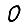
Digit: 0